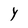
Character: Y